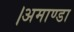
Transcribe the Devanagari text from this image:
।अमाण्डा